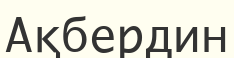
Ақбердин